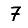
Digit: 7